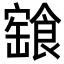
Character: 𩝓